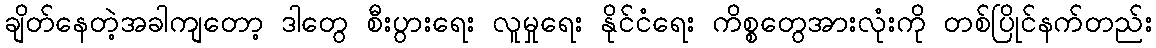
ချိတ်နေတဲ့အခါကျတော့ ဒါတွေ စီးပွားရေး လူမှုရေး နိုင်ငံရေး ကိစ္စတွေအားလုံးကို တစ်ပြိုင်နက်တည်း